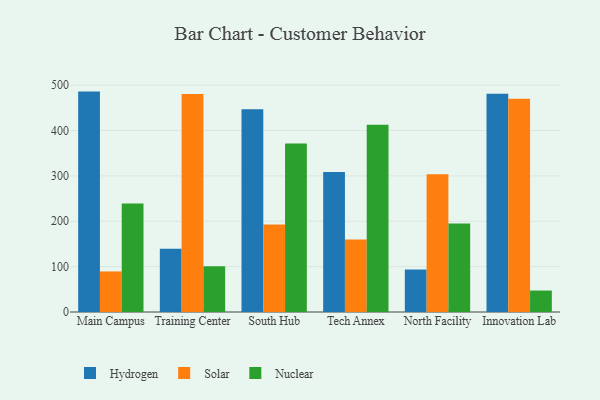
{"axis": {"x": "Campus", "y": "Operating Costs (USD K)"}, "legend": ["Hydrogen", "Nuclear", "Solar"], "data": [{"x": "Main Campus", "y": 485.8, "type": "Hydrogen"}, {"x": "Main Campus", "y": 89.4, "type": "Solar"}, {"x": "Main Campus", "y": 239.2, "type": "Nuclear"}, {"x": "Training Center", "y": 139.2, "type": "Hydrogen"}, {"x": "Training Center", "y": 480.3, "type": "Solar"}, {"x": "Training Center", "y": 100.7, "type": "Nuclear"}, {"x": "South Hub", "y": 446.7, "type": "Hydrogen"}, {"x": "South Hub", "y": 192.9, "type": "Solar"}, {"x": "South Hub", "y": 371.2, "type": "Nuclear"}, {"x": "Tech Annex", "y": 308.6, "type": "Hydrogen"}, {"x": "Tech Annex", "y": 159.8, "type": "Solar"}, {"x": "Tech Annex", "y": 412.8, "type": "Nuclear"}, {"x": "North Facility", "y": 93.7, "type": "Hydrogen"}, {"x": "North Facility", "y": 303.7, "type": "Solar"}, {"x": "North Facility", "y": 194.8, "type": "Nuclear"}, {"x": "Innovation Lab", "y": 481.2, "type": "Hydrogen"}, {"x": "Innovation Lab", "y": 470.1, "type": "Solar"}, {"x": "Innovation Lab", "y": 47.3, "type": "Nuclear"}]}